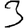
Digit: 3